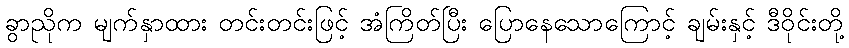
ခွာညိုက မျက်နှာထား တင်းတင်းဖြင့် အံကြိတ်ပြီး ပြောနေသောကြောင့် ချမ်းနှင့် ဒီဝိုင်းတို့